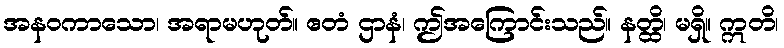
အနဝကာသော၊ အရာမဟုတ်။ ဧတံ ဌာနံ၊ ဤအကြောင်းသည်။ နတ္ထိ၊ မရှိ။ ဣတိ၊